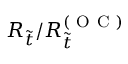
R _ { \tilde { t } } / R _ { \tilde { t } } ^ { ( \mathrm { ~ O ~ C ~ } ) }